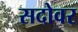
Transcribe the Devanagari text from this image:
सदोवर